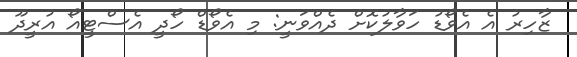
ޒާހިރު އެ އެވޯޑު ހަވާލުކޮށް ދެއްވަނީ: މި އެވޯޑް ހޯދީ އެސްޓީއޯ އުރީދޫ